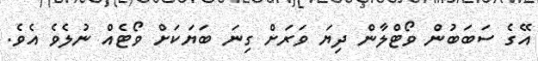
އޭގެ ސަބަބުން ވޯޓްލާން ދިޔަ ވަރަށް ގިނަ ބަޔަކަށް ވޯޓެއް ނުލެވެ އެވެ.